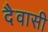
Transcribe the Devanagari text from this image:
दैवासी